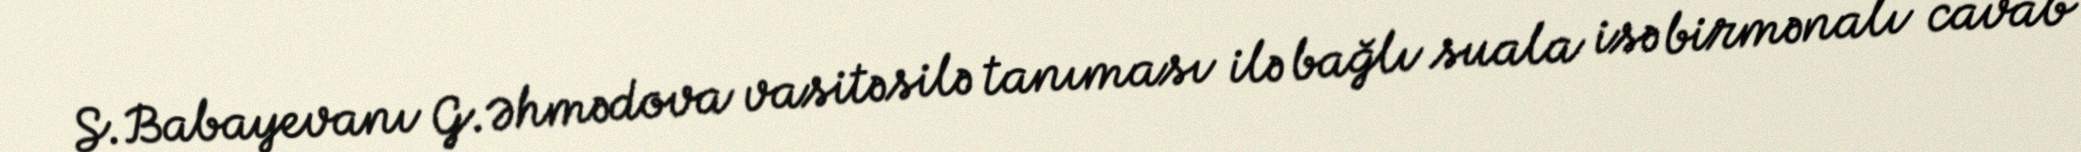
S.Babayevanı G.Əhmədova vasitəsilə tanıması ilə bağlı suala isə birmənalı cavab